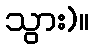
သွား)။